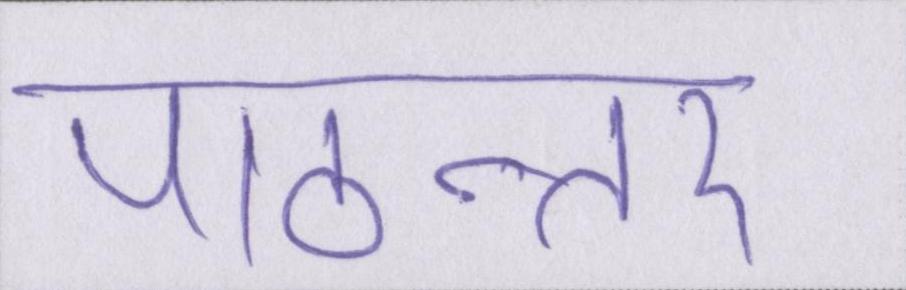
पाठान्तर